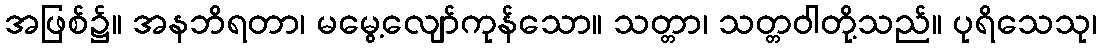
အဖြစ်၌။ အနဘိရတာ၊ မမွေ့လျော်ကုန်သော။ သတ္တာ၊ သတ္တဝါတို့သည်။ ပုရိသေသု၊